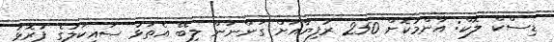
ޑިސްކް ލޮކް: އާންމުކޮށް 250 ރުފިޔާއަށް ގަންނަން ލިބޭ އެތަޅު ސައިކަލުގެ ފުރޮޅު